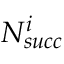
N _ { s u c c } ^ { i }